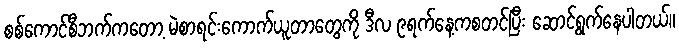
စစ်ကောင်စီဘက်ကတော့ မဲစာရင်းကောက်ယူတာတွေကို ဒီလ ၉ရက်နေ့ကစတင်ပြီး ဆောင်ရွက်နေပါတယ်။